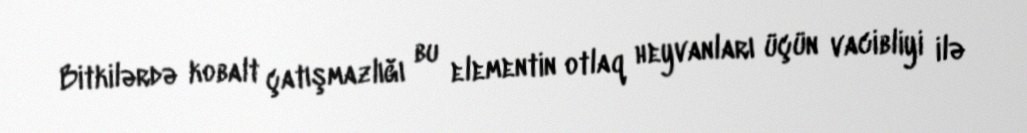
Bitkilərdə kobalt çatışmazlığı bu elementin otlaq heyvanları üçün vacibliyi ilə